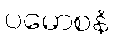
ပမောစနံ